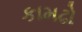
કામઢો